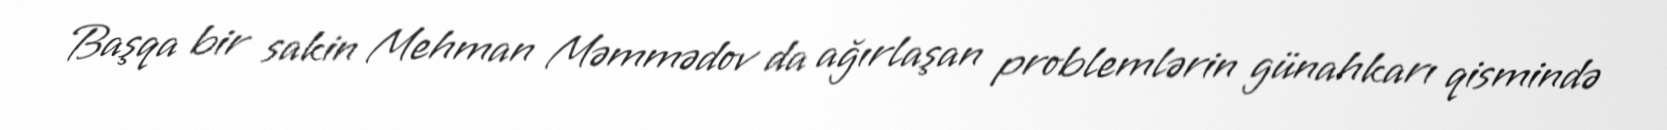
Başqa bir sakin Mehman Məmmədov da ağırlaşan problemlərin günahkarı qismində